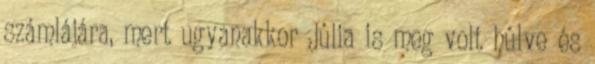
számlájára, mert ugyanakkor Júlia is meg volt hûlve és